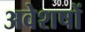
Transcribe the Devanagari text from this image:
अवेशषों